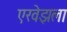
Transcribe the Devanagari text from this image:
एरवेझला